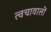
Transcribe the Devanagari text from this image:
त्वचावालों